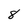
Character: 8